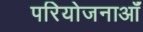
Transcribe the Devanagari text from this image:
परियोजनाऑं